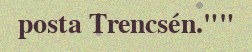
posta Trencsén.""